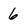
Character: 6